Civil Veterinary Dept. Bombay admin report 1900-1906 - 1900-1906
Year: 1900
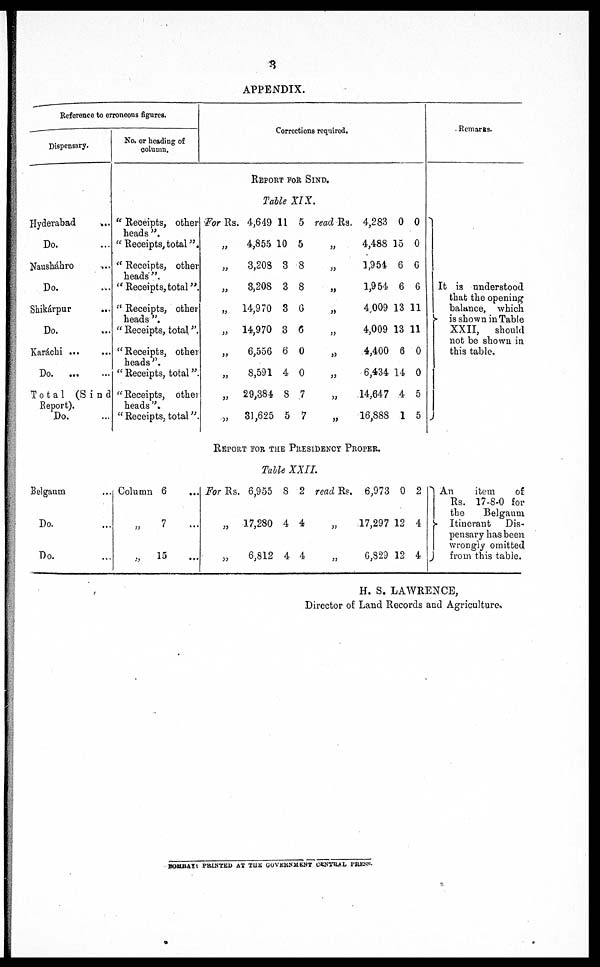
3
APPENDIX.
Reference to erroneous figures.
Dispensary.
Hyderabad ...
Do. ...
Nausháhro ...
Do. ...
Shikárpur ...
Do. ...
Karáchi ... ...
Do
...
...
Total
(Sind
Report).
Do. ...
No. or heading of
column.
Corrections required.
REPORT FOR SIND.
Table XIX.
" Receipts, other
heads ".
" Receipts,total".
"Receipts,
other
heads ”.
" Receipts, tota”.
" Receipts, other
heads ”.
" Receipts, total”.
" Receipts, other
heads”.
" Receipts, total”.
" Receipts, other
heads ”.
" Receipts, total ”.
For Rs. 4,649 11 5 read Rs.
”
4,855 10 5 „
„3,208 3 8
„
„ 3,208 3 8
„
„
14,970 3
6
„
„
14,970 3 6 „
„
6,556 6 0
„
„
8,591 4 0 „
„
29,384 8 7
„
„
31,625 5 7 „
4,283
4,488
1,954
1,954
4,009
4,009
4,400
6,434
14,647
16,88S
0
15
6 6
6 6
13 1
13 1
6
14
4
1
0
0
1
1
0
0
5
5
Remarks.
It is understood
that the opening
balance, which
is shown in Table
XXII,
should
not be shown in
this table.
REPORT FOR THE PRESIDENCY PROPER.
Table XXII
Belgaum ...
Do. ...
Do. ...
Column 6
...
„
7
...
„
15 ...
For Rs. 6,955 8 2 read Rs.
„
17,280 4 4
„
„ 6,812 4 4 „
6,973
17,297
6,829
0
12
12
2
4
4
An
item
of
Rs. 17-8-0 for
the
Belgaum
Itinerant
Dis-
pensary has been
wrongly omitted
from this table.
H. S. LAWRENCE,
Director of Land Records and Agriculture,.
BOMBAY: PRlNTED AT THE GOVERNMENT CENTRAL PRESS.